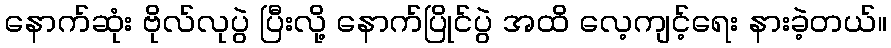
နောက်ဆုံး ဗိုလ်လုပွဲ ပြီးလို့ နောက်ပြိုင်ပွဲ အထိ လေ့ကျင့်ရေး နားခဲ့တယ်။